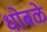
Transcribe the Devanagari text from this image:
धोबळे